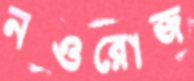
নওরোজ